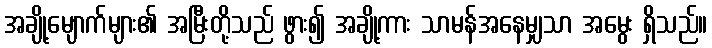
အချို့မျောက်များ၏ အမြီးတို့သည် ဖွား၍ အချို့ကား သာမန်အနေမျှသာ အမွေး ရှိသည်။